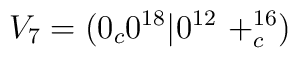
V_7=(0_c 0^{18}| 0^{12}\ +^{16}_c)